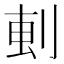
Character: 𫦂